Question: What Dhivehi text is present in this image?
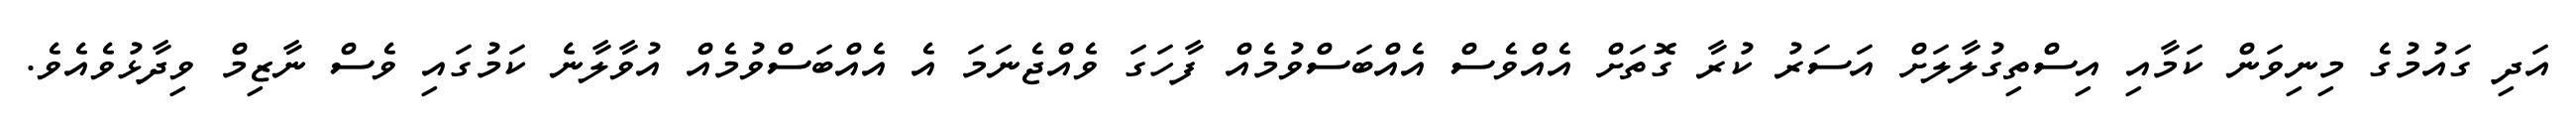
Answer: އަދި ގައުމުގެ މިނިވަން ކަމާއި އިސްތިގުލާލަށް އަސަރު ކުރާ ގޮތަށް އެއްވެސް އެއްބަސްވުމެއް ފާހަގަ ވެއްޖެނަމަ އެ އެއްބަސްވުމެއް އުވާލާނެ ކަމުގައި ވެސް ނާޒިމް ވިދާޅުވެއެވެ.